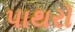
પાથરો